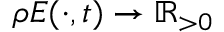
\rho E ( \cdot , t ) \rightarrow \mathbb { R } _ { > 0 }